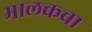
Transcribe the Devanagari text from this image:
मालकचा